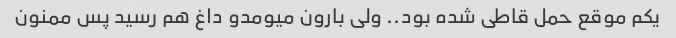
یکم موقع حمل قاطی شده بود.. ولی بارون میومدو داغ هم رسید پس ممنون